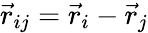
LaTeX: \vec{r}_{ij}=\vec{r}_{i}-\vec{r}_{j}